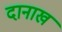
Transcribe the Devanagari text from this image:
दानाख